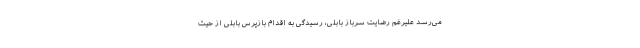
می‌رسد علیرغم رضایت سرباز بابلی، رسیدگی به اقدام بازپرس بابلی از حیث